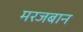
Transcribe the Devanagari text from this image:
मरजबान